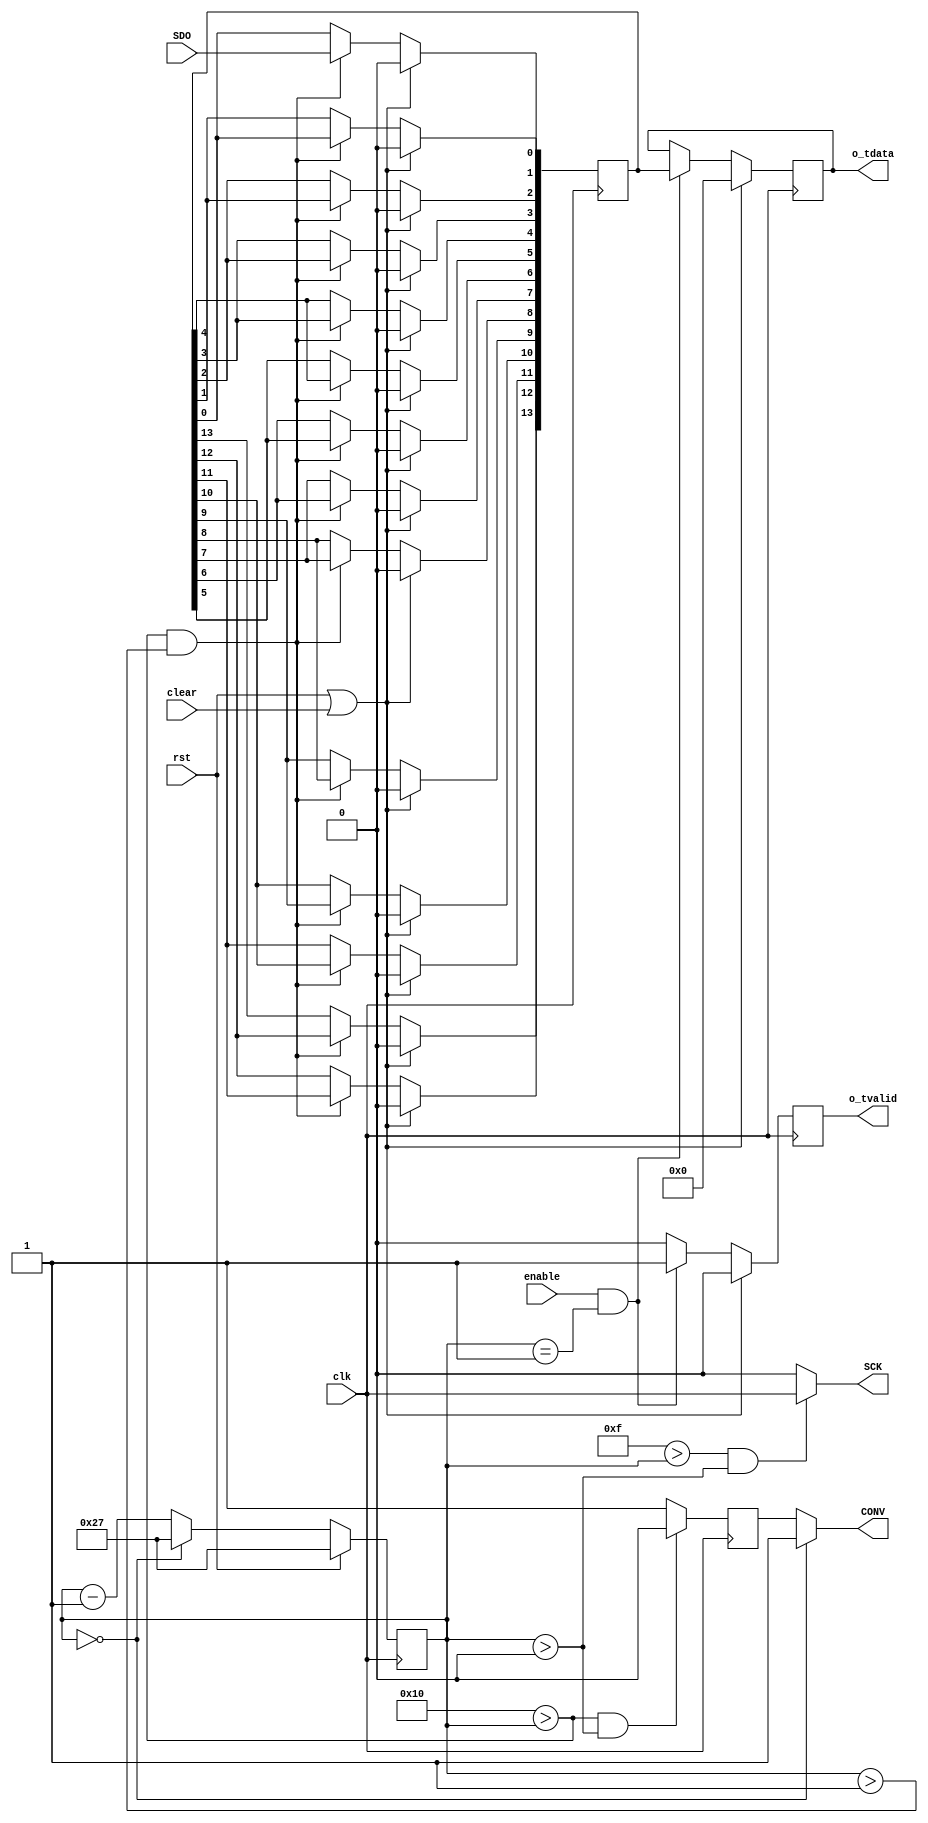
//
// Copyright 2020 Nasim Hamrah Industries
//
// SPDX-License-Identifier: LGPL-3.0-or-later
//

module LTC2312 #(
   parameter WIDTH = 14,           // 12 or 14
   parameter clk_freq = 20000000,  // max=20000000
   parameter sample_rate = 500000  // max=500000
)(
   input clk, input rst, input clear,
   input enable,
   // Output Stream ports
   output reg [WIDTH-1:0] o_tdata,
   output reg o_tvalid = 1'b0,
   // SPI ports
   output CONV , output SCK, input SDO
);
/* LTC2312 <--> FPGA Interface Waveform:
      __    __    _     __    __    __    __    __    __    __    __    __    __    __    __    __    __    __    __    __    _     __    _
clk     |__^  |__^ ~~~_^  |__^  |__^  |__^  |__^  |__^  |__^  |__^  |__^  |__^  |__^  |__^  |__^  |__^  |__^  |__^  |__^  |__^ ~~~_^  |__^ 
      __ __ __ __ __ __ __ __ __ __ __ __ __ __ __ __ __ __ __ __ __ __ __ __ __ __ __ __ __ __ __ __ __ __ __ __ __ __ __ __ __ __ __ __ _
count _hHH_X_hHH_X_~~~_X_hHH_X_h0F_X_h0E_X_h0D_X_h0C_X_h0B_X_h0A_X_h09_X_h08_X_h07_X_h06_X_h05_X_h04_X_h03_X_h02_X_h01_X_h00_X_~~~_X_hHH_X_
         ________________________                                                                                        ______   _________
CONV  __/   tCONV MIN=1300 ns    \___________________________________tACQ MIN=700 ns____________________________________/      ~~~         
                                    __    __    __    __    __    __    __    __    __    __    __    __    __    __                       
SCK   _____________________________^  !__^  !__^  !__^  !__^  !__^  !__^  !__^  !__^  !__^  !__^  !__^  !__^  !__^  !__________~~~_________
      __                           __ __ __ __ __ __ __ __ __ __ __ __ __ __ __ __ __ __ __ __ __ __ __ __ __ __ __ __                     
SDO   __X--------HI-Z STATE------X_B13_X_B12_X_B11_X_B10_X_B09_X_B08_X_B07_X_B06_X_B05_X_B04_X_B03_X_B02_X_B01_X_B00_\_1'b0_---~~~---------

*/
   reg CONV_reg = 1'b1;
   localparam max_count = clk_freq/sample_rate;
   reg [$clog2(max_count)-1:0] count = (max_count-1);
   always @(posedge clk)
      if(rst)
         count <= $unsigned(max_count-1);
      else if(count==0)
         count <= $unsigned(max_count-1);
      else
         count <= count-1;
   always @(negedge clk)
      if( $unsigned(WIDTH+2) > count & count > $unsigned(0) )
         CONV_reg <= 1'b0;
      else
         CONV_reg <= 1'b1;
   assign CONV = (count==0 ? 1'b1 : CONV_reg);
   assign SCK = ($unsigned(WIDTH+1) > count & count > $unsigned(0) ? clk : 1'b0);

   reg [WIDTH-1:0] data;
   integer i = 0;
   always @(posedge clk) begin
      if(rst | clear)
         data <= 0;
      else if($unsigned(WIDTH+2) > count & count > $unsigned(1) ) begin
         data[0] <= SDO;
         for(i=0;i<WIDTH-1;i=i+1)
            data[i+1] <= data[i];
      end
   end
   always @(posedge clk) begin
      if(rst | clear)
         o_tdata <= 0;
      else if(enable==1'b1 & count==$unsigned(1) )
         o_tdata <= data;
      if(rst | clear)
         o_tvalid <= 1'b0;
      else if(enable==1'b1 & count==$unsigned(1) )
         o_tvalid <= 1'b1;
      else
         o_tvalid <= 1'b0;
   end

endmodule // LTC2312